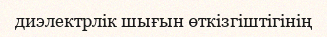
диэлектрлік шығын өткізгіштігінің